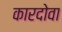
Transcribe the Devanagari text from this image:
कारदोवा